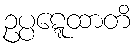
ဥပ္ပဋ္ဋေထာတိ